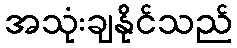
အသုံးချနိုင်သည်